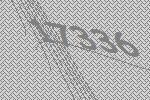
17336